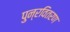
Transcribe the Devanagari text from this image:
पुन्रवितरण